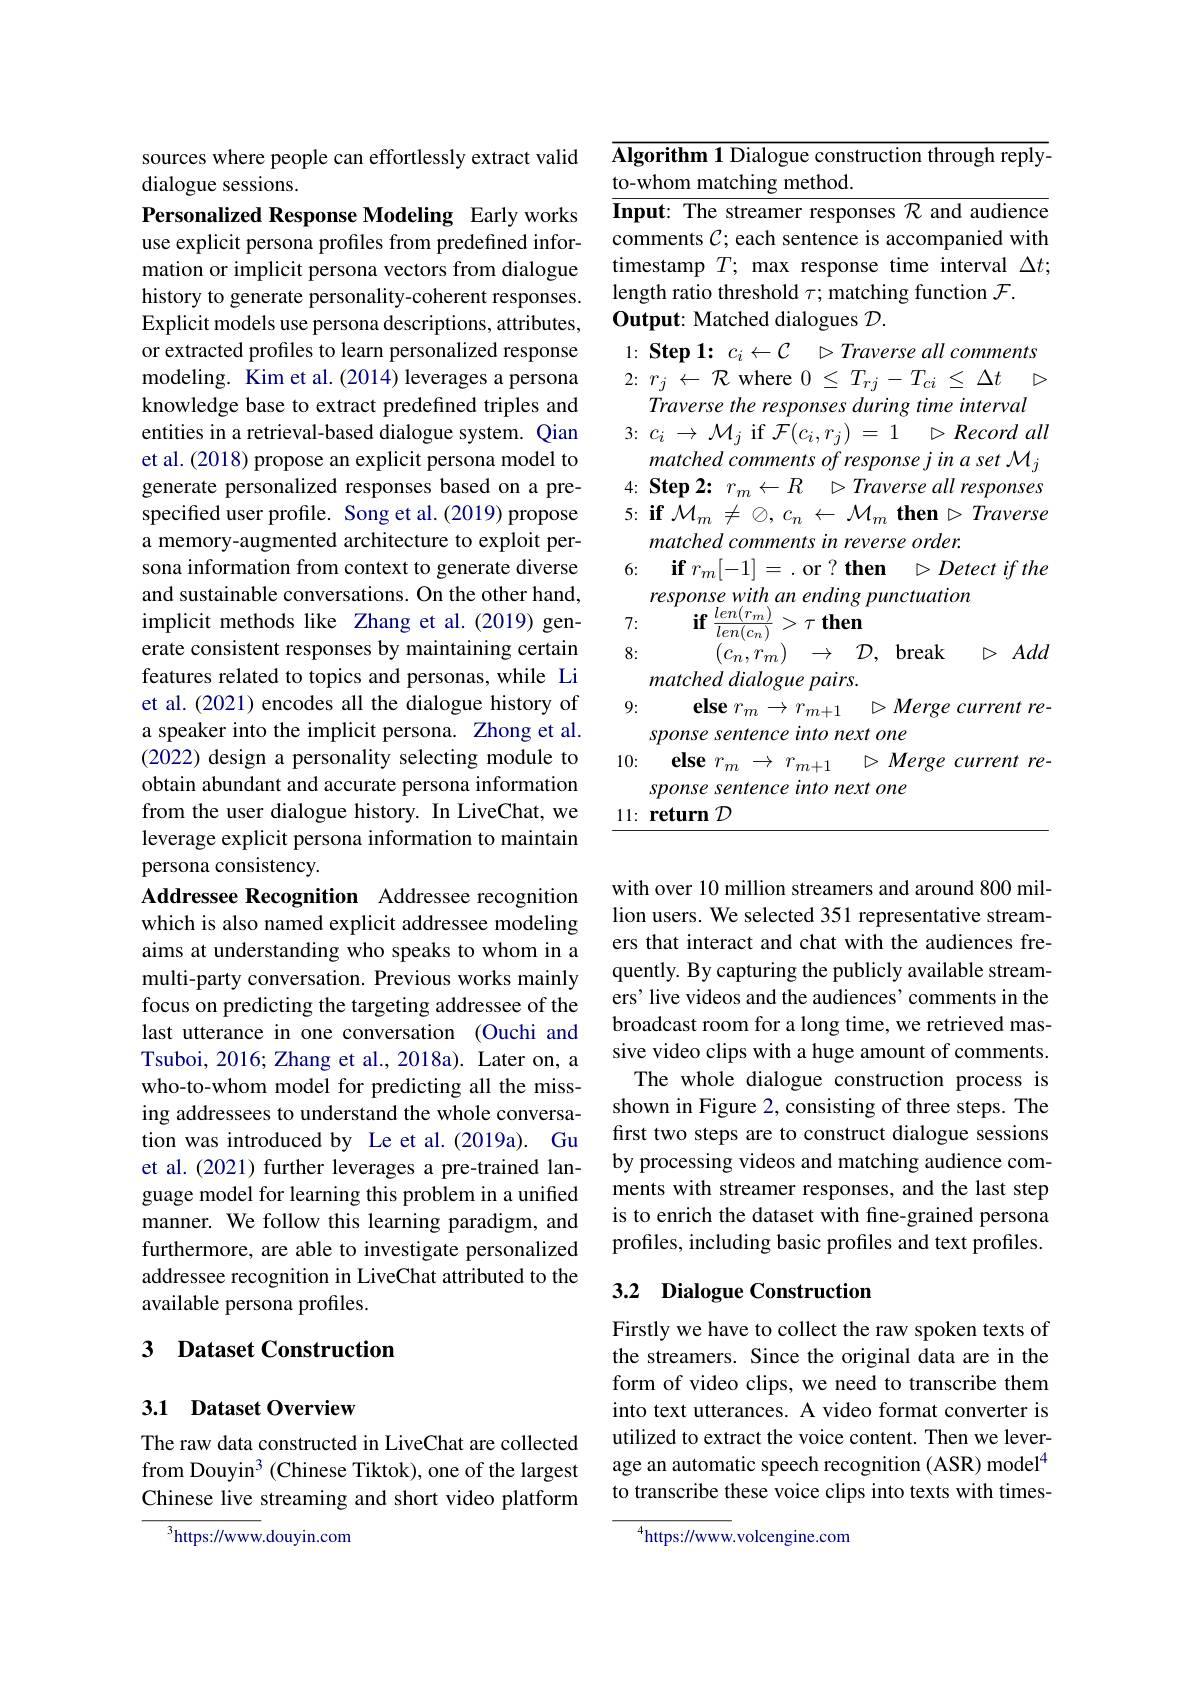
sources where people can effortlessly extract valid
dialogue sessions.

Personalized Response Modeling Early works use explicit persona profiles from predefined information or implicit persona vectors from dialogue history to generate personality-coherent responses. Explicit models use persona descriptions, attributes, or extracted profiles to learn personalized response modeling. Kim et al.(2014) leverages a persona knowledge base to extract predefined triples and entities in a retrieval-based dialogue system. Qian et al. (2018) propose an explicit persona model to generate personalized responses based on a prespecified user profile. Song et al.(2019) propose a memory-augmented architecture to exploit persona information from context to generate diverse and sustainable conversations. On the other hand, implicit methods like Zhang et al.(2019) generate consistent responses by maintaining certain features related to topics and personas, while Li et al. (2021) encodes all the dialogue history of a speaker into the implicit persona. Zhong et al. (2022) design a personality selecting module to obtain abundant and accurate persona information from the user dialogue history. In LiveChat, we leverage explicit persona information to maintain persona consistency.
Addressee Recognition Addressee recognition which is also named explicit addressee modeling aims at understanding who speaks to whom in a multi-party conversation. Previous works mainly focus on predicting the targeting addressee of the last utterance in one conversation (Ouchi and Tsuboi, 2016; Zhang et al., 2018a). Later on, a who-to-whom model for predicting all the missing addressees to understand the whole conversation was introduced by Le et al.(2019a). Gu et al. (2021) further leverages a pre-trained language model for learning this problem in a unified manner. We follow this learning paradigm, and furthermore, are able to investigate personalized addressee recognition in LiveChat attributed to the available persona profiles.

## 3 Dataset Construction

## 3.1 Dataset Overview

The raw data constructed in LiveChat are collected from Douyin$^3$ (Chinese Tiktok), one of the largest Chinese live streaming and short video platform

$^{3}{\mathrm{https://www.douyin.com}}$

$\overline{\text{Algorithm 1 Dialogue construction through reply-}}$
to-whom matching method.
$\overline{\textbf{Input: The streamer responses }\mathcal{R}\text{ and audience}}$ comments $C;$ each sentence is accompanied with timestamp $T;$ max response time interval $\Delta t;$ length ratio threshold $\tau;$ matching function $\mathcal{F}.$
Output: Matched dialogues $\mathcal{D}.$
1: Step 1: $c_i\leftarrow \mathcal{C}$ $\triangleright Traverse$ all comments 2{:} $r_{j}$ $\leftarrow$ $\mathcal{R}$ where 0 $\leq$ $T_{rj}- T_{ci}$ $\leq$ $\Delta t$ $\triangleright$
Traverse the responses during time interval 3{:} $c_{i}$ $\to$ $\mathcal{M} _{j}$ if $\mathcal{F} ( c_{i}, r_{j})$ = 1 $\triangleright$ Record all
matched comments of response j in a set M j $4: \textbf{ Step 2: }r_m\leftarrow R$ $\rhd \textit{Traverse all responses}$ $5: \textbf{if}\mathcal{M} _m\neq \emptyset , c_n\leftarrow \mathcal{M} _m\textbf{ then}\triangleright Traverse$
matched comments in reverse order.
6: $\textbf{if}r_m[ - 1] = .$or?then $\triangleright Detectifthe$
response with an ending punctuation
7:
$\textbf{if}\frac {len( r_{m}) }{len( c_{n}) }> \tau$then
$D$ Add
8:
$( c_{n}, r_{m})$ $\to$ $\mathcal{D} $,break
matched dialogue pairs.
9:
$\textbf{else }r_m\to r_{m+ 1}$ $\triangleright \textit{Merge current re- }$
sponse sentence into next one
$\triangleright Merge\textit{current re- }$
10: $\textbf{else }r_m\to r_{m+ 1}$
sponse sentence into next one
11: return $\mathcal{D}$

with over 10 million streamers and around 800 million users. We selected 351 representative streamers that interact and chat with the audiences frequently. By capturing the publicly available streamers' live videos and the audiences'comments in the broadcast room for a long time, we retrieved massive video clips with a huge amount of comments.
The whole dialogue construction process is shown in Figure 2, consisting of three steps. The first two steps are to construct dialogue sessions by processing videos and matching audience comments with streamer responses, and the last step is to enrich the dataset with fine-grained persona profiles, including basic profiles and text profiles.

## 3.2 Dialogue Construction

Firstly we have to collect the raw spoken texts of the streamers. Since the original data are in the form of video clips, we need to transcribe them into text utterances. A video format converter is utilized to extract the voice content. Then we leverage an automatic speech recognition (ASR) model$^{4}$ to transcribe these voice clips into texts with times-

$^{4}$https://www.volcengine.com